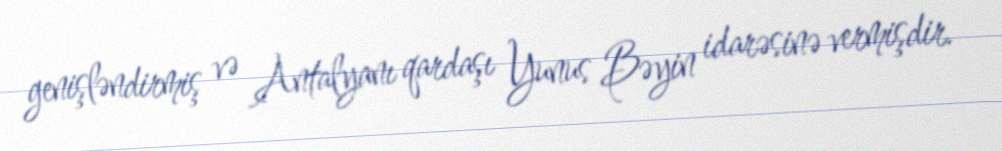
genişləndirmiş və Antalyanı qardaşı Yunus Bəyin idarəsinə vermişdir.